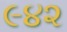
૯૪૨